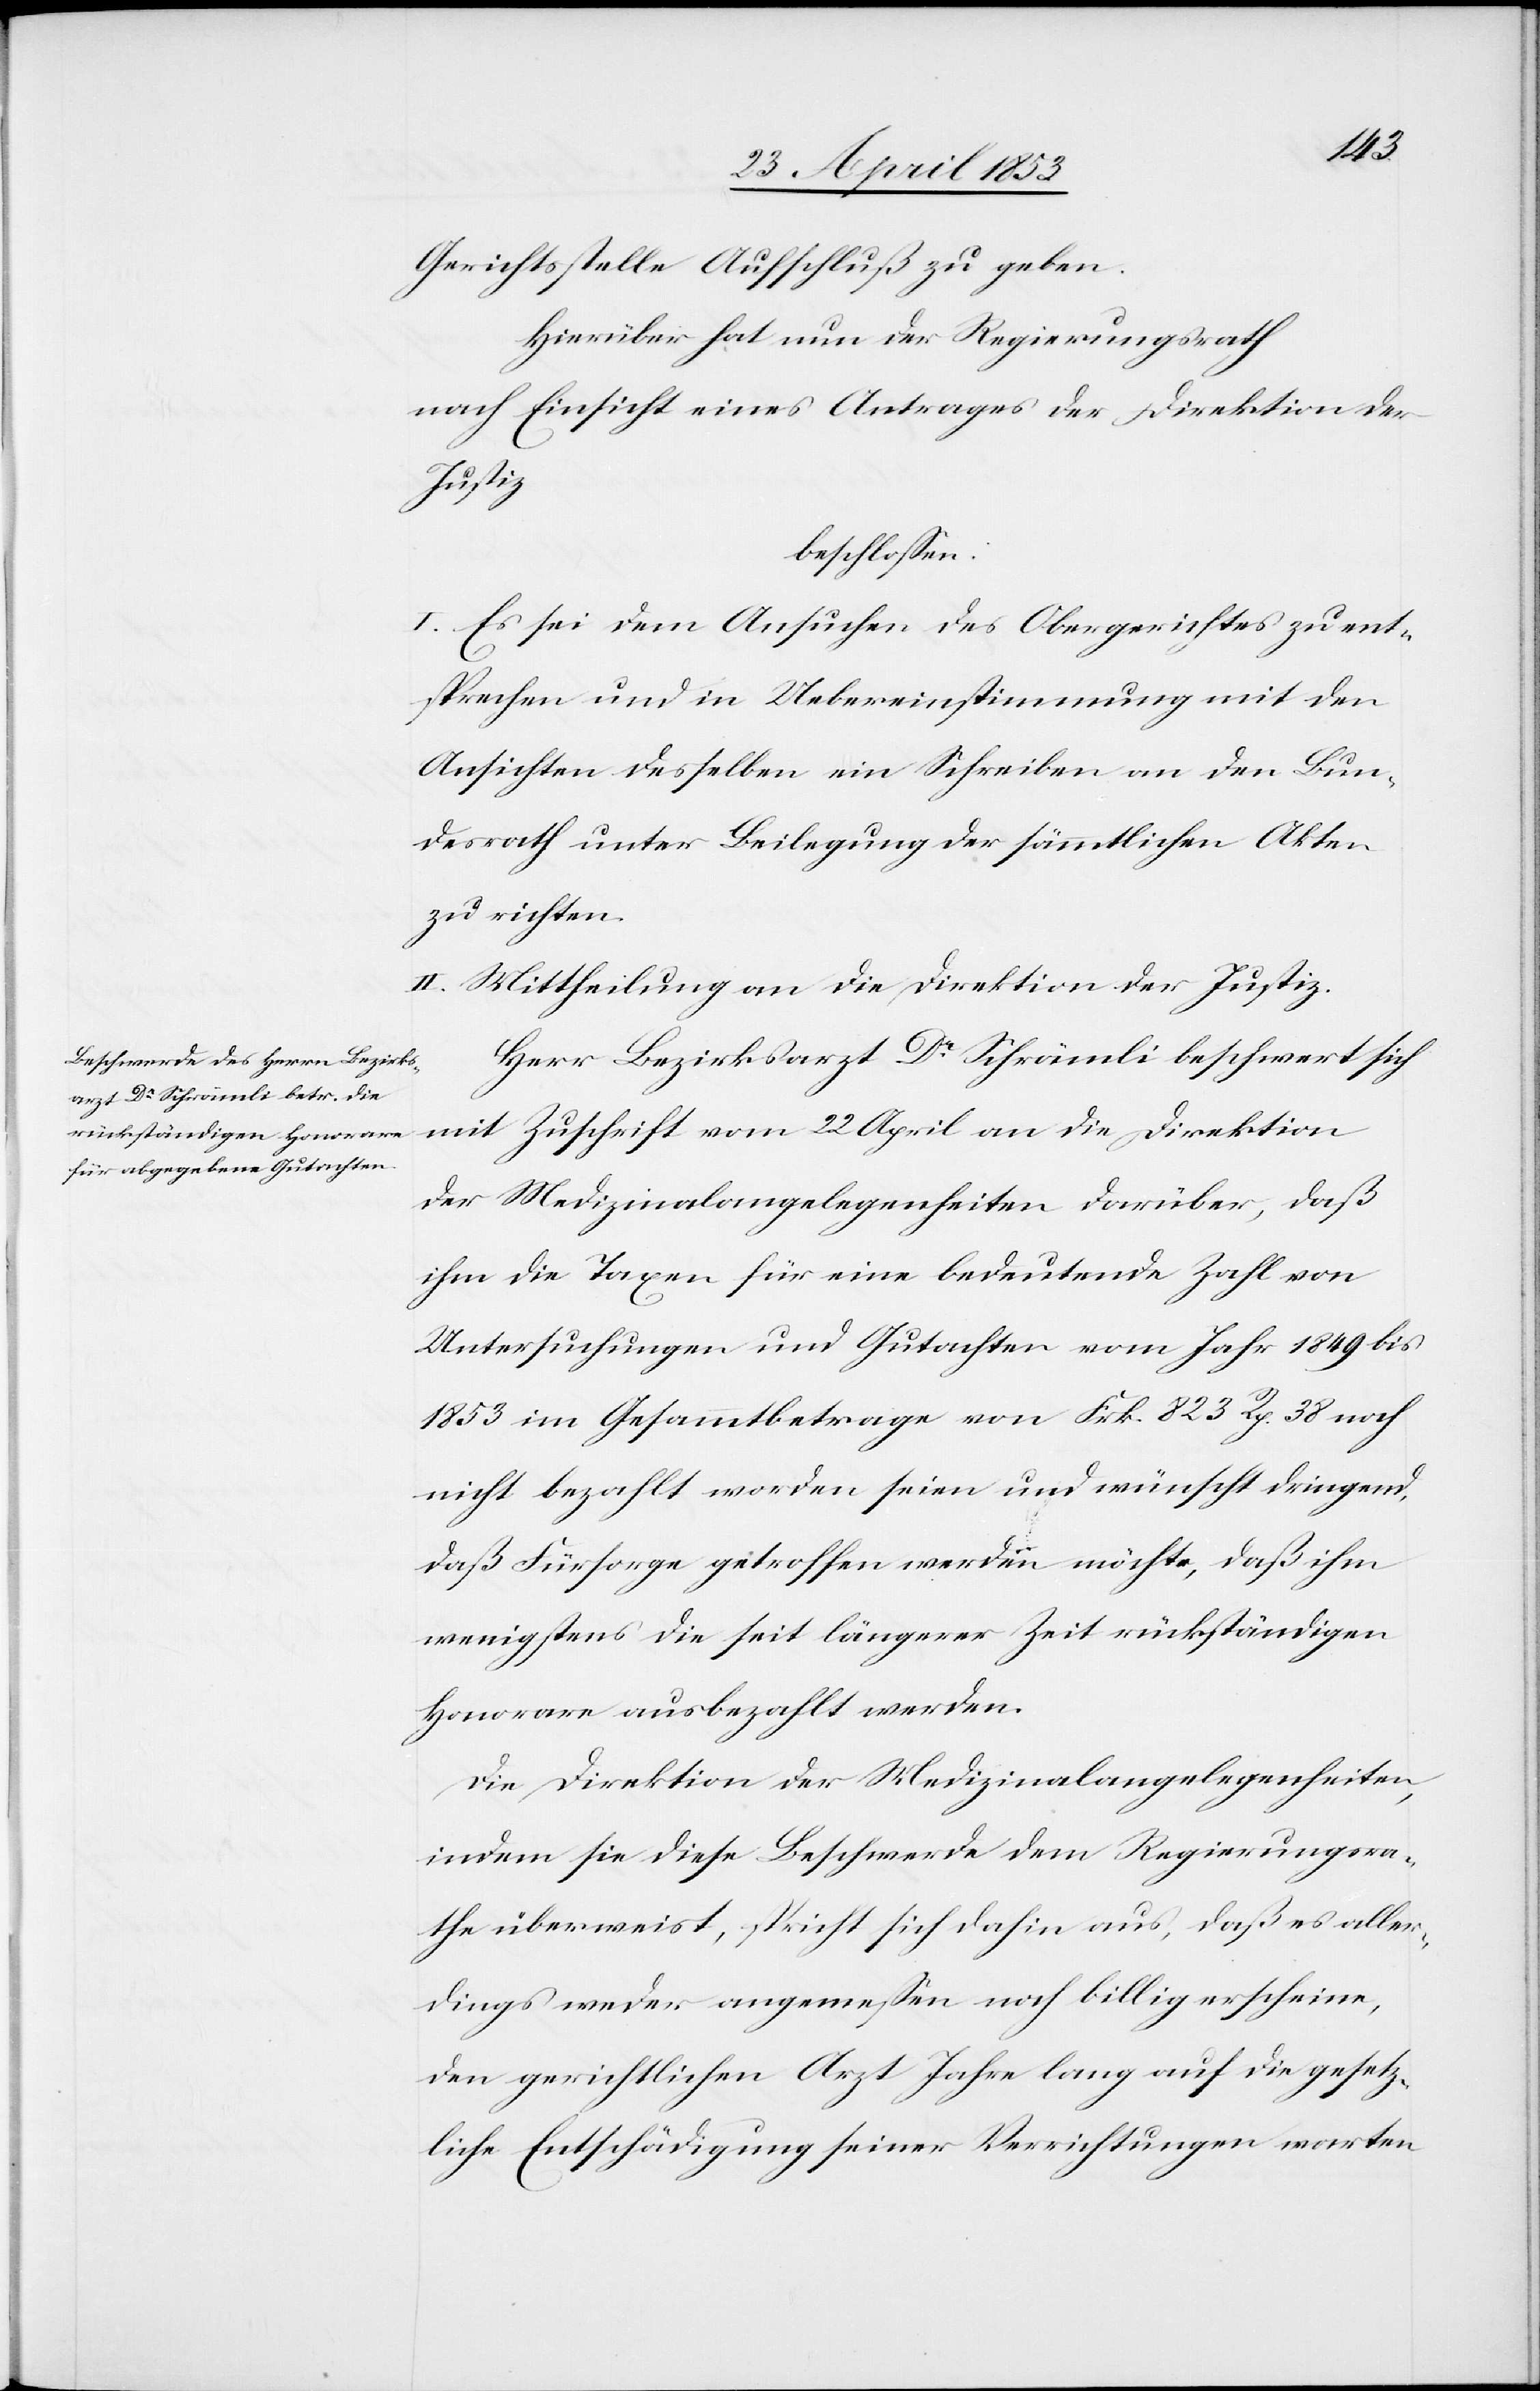
Gerichtsstelle Aufschluß zu geben.
Hierüber hat nun der Regierungsrath
nach Einsicht eines Antrages der Direktion der
Justiz
beschloßen:
I. Es sei dem Ansuchen des Obergerichtes zu ent¬
sprechen und in Uebereinstimmung mit den
Ansichten desselben ein Schreiben an den Bun¬
desrath unter Beilegung der sämmtlichen Akten
zu richten.
II. Mittheilung an die Direktion der Justiz.
Herr Bezirksarzt Dr. Schrämli beschwert sich
mit Zuschrift vom 22 April an die Direktion
der Medizinalangelegenheiten darüber, daß
ihm die Taxen für eine bedeutende Zahl von
Untersuchungen und Gutachten vom Jahr 1849 bis
1853 im Gesammtbetrage von Frk. 823 Rp. 38 noch
nicht bezahlt worden seien und wünscht dringend,
daß Fürsorge getroffen werden möchte, daß ihm
wenigstens die seit längerer Zeit rückständigen
Honorare ausbezahlt werden.
Die Direktion der Medizinalangelegenheiten,
indem sie diese Beschwerde dem Regierungsra¬
the überweist, spricht sich daher aus, daß es aller¬
dings weder angemeßen noch billig erscheine,
den gerichtlichen Arzt Jahre lang auf die gesetz¬
liche Entschädigung seiner Verrichtungen warten